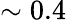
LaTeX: \sim 0.4